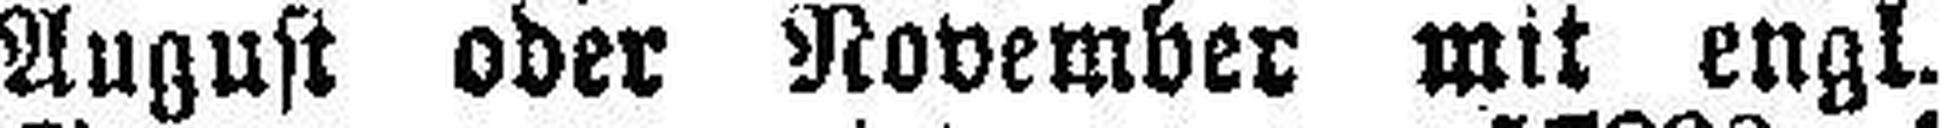
August oder November mit engl.